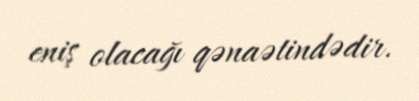
eniş olacağı qənaətindədir.